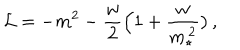
{ \cal L } = - m ^ { 2 } - { \frac { w } { 2 } } \Big ( 1 + { \frac { w } { m _ { \star } ^ { \, 2 } } } \big ) \, ,